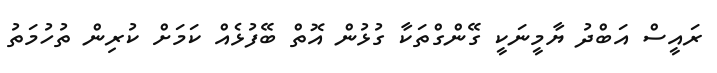
ރައީސް އަބްދު ޔާމީނަކީ ގޭންގްތަކާ ގުޅުން އޮތް ބޭފުޅެއް ކަމަށް ކުރިން ތުހުމަތު